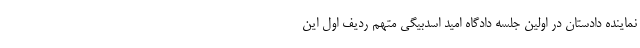
نماینده دادستان در اولین جلسه دادگاه امید اسدبیگی متهم ردیف اول این